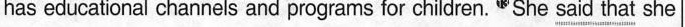
has educational channels and programs for children. She \underline{said that} she